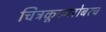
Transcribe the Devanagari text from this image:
चित्रकूटबरोबरच